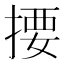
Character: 𢰳